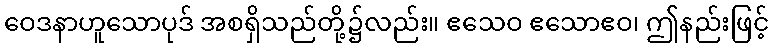
ဝေဒနာဟူသောပုဒ် အစရှိသည်တို့၌လည်း။ ဧသေဝ ဧသောဧဝ၊ ဤနည်းဖြင့်